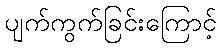
ပျက်ကွက်ခြင်းကြောင့်